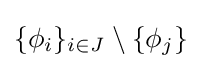
\{\phi _{i}\}_{i\in J}\setminus \{\phi _{j}\}